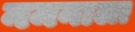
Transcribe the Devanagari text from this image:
नमनाला